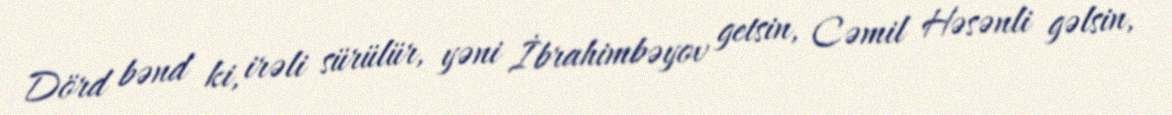
Dörd bənd ki, irəli sürülür, yəni İbrahimbəyov getsin, Cəmil Həsənli gəlsin,